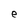
Character: e